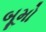
બૂમો